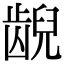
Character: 𫠜